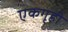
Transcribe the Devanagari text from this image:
एकगृही